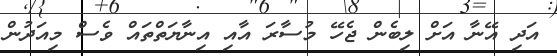
އަދި އޭނާ އަށް ލިބެން ޖެހޭ މުސާރަ އާއި އިނާޔަތްތައް ވެސް މިއަދުން